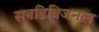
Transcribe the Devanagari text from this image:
सबडिविजनल